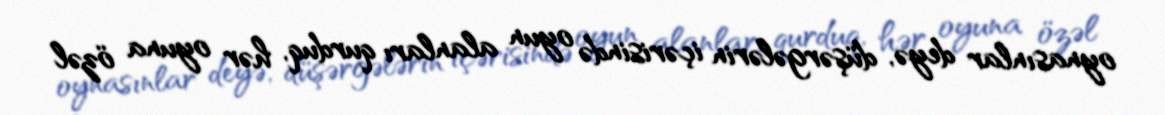
oynasınlar deyə, düşərgələrin içərisində oyun alanları qurduq, hər oyuna özəl